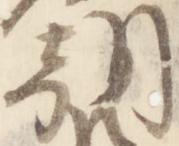
朝